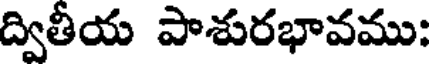
ద్వితీయ పాశురభావము: